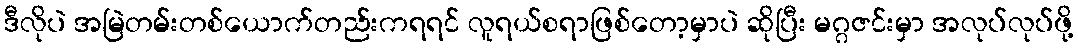
ဒီလိုပဲ အမြဲတမ်းတစ်ယောက်တည်းကရရင် လူရယ်စရာဖြစ်တော့မှာပဲ ဆိုပြီး မဂ္ဂဇင်းမှာ အလုပ်လုပ်ဖို့